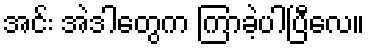
အင်း အဲဒါတွေက ကြာခဲ့ပါပြီလေ။